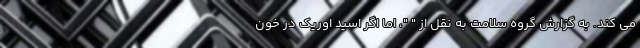
می کند. به گزارش گروه سلامت به نقل از " "، اما اگر اسید اوریک در خون